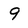
Character: 9